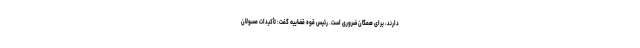
دارند، برای همگان ضروری است. رئیس قوه قضاییه گفت: تأکیدات مسولان